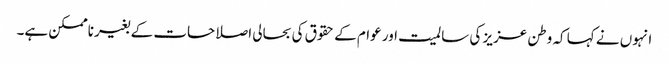
انہوں نے کہا کہ وطن عزیز کی سالمیت اور عوام کے حقوق کی بحالی اصلاحات کے بغیر ناممکن ہے۔